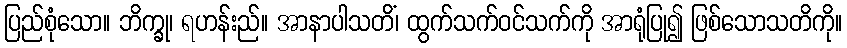
ပြည်စုံသော။ ဘိက္ခု၊ ရဟန်းည်။ အာနာပါသတိံ၊ ထွက်သက်ဝင်သက်ကို အာရုံပြု၍ ဖြစ်သောသတိကို။